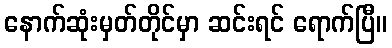
နောက်ဆုံးမှတ်တိုင်မှာ ဆင်းရင် ရောက်ပြီ။